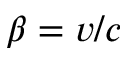
\beta = v / c